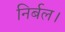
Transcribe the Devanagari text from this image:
निर्बल।